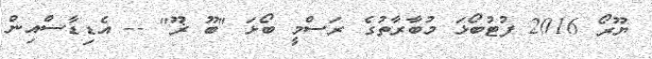
ޔޫރޯ 2016 ފުޓުބޯޅަ މުބާރާތުގެ ރަސްމީ ބޯޅަ "ބޫ ޜޫ" -- އެޑިޑާސްއިން